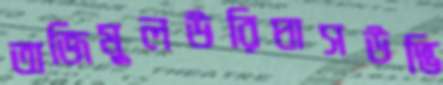
তাজিমুলউরিঘাসউদ্ভি